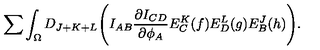
\sum \int _ { \Omega } D _ { J + K + L } \Biggl ( I _ { A B } { \frac { \partial I _ { C D } } { \partial \phi _ { A } } } E _ { C } ^ { K } ( f ) E _ { D } ^ { L } ( g ) E _ { B } ^ { J } ( h ) \Biggr ) .